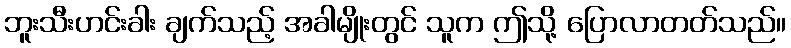
ဘူးသီးဟင်းခါး ချက်သည့် အခါမျိုးတွင် သူက ဤသို့ ပြောလာတတ်သည်။